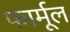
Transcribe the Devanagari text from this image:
फार्मूल